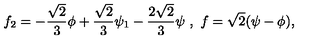
f _ { 2 } = - \frac { \sqrt { 2 } } { 3 } \phi + \frac { \sqrt { 2 } } { 3 } \psi _ { 1 } - \frac { 2 \sqrt { 2 } } { 3 } \psi \ , \ f = \sqrt { 2 } ( \psi - \phi ) ,